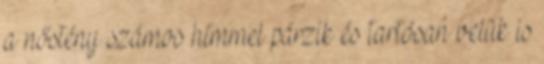
a nőstény számos hímmel párzik és tartósan velük is